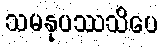
သမနုပဿသိပေ